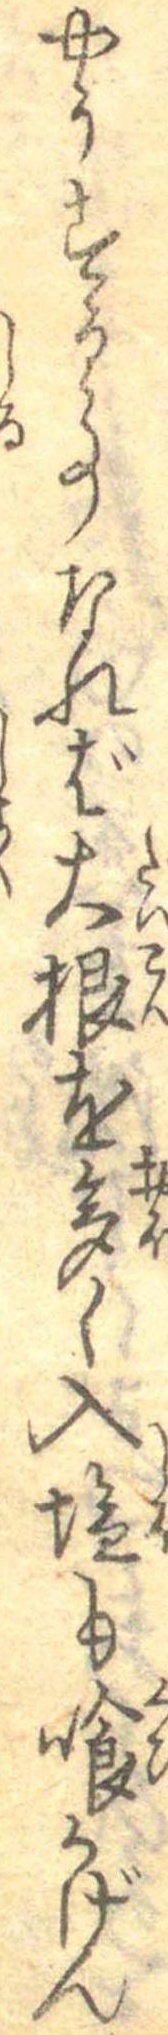
やうする事なれば大根を多く入塩も喰かげん